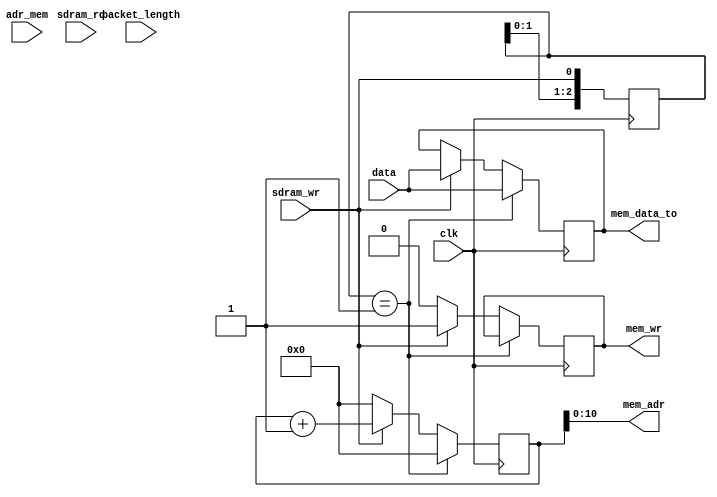
//-----------------------------------------------------------------------------
//
// Title       : udp_packet_rcv
// Design      : list
// Company     : Microsoft
//
//-----------------------------------------------------------------------------
//
// Generated   : Mon Mar 11 14:03:46 2019
// From        : interface description file
// By          : Itf2Vhdl ver. 1.22
//
//-----------------------------------------------------------------------------
//
// Description : 
//
//-----------------------------------------------------------------------------
`timescale 1 ns / 1 ps

//{{ Section below this comment is automatically maintained
//   and may be overwritten
//{module {udp_packet_rcv}}
module udp_packet_rcv ( clk ,sdram_wr ,sdram_rd ,adr_mem ,packet_length ,
data ,mem_adr ,mem_data_to,mem_wr);

output [10:0] mem_adr ;
wire [10:0] mem_adr ;
output [31:0] mem_data_to ;
wire [31:0] mem_data_to ;

output  mem_wr ;
wire    mem_wr ;

input clk ;
wire clk ;
input sdram_wr ;
wire sdram_wr ;
input sdram_rd ;
wire sdram_rd ;
input [15:0] adr_mem ;
wire [15:0] adr_mem ;
input [15:0] packet_length ;
wire [15:0] packet_length ;
input [31:0] data ;
wire [31:0] data ;

reg [15:0] adr_mem_sch=0;
reg [15:0] length_sch=0;   
reg [ 2:0] frnt_WR=0;	
reg [31:0] data_to_mem=0; 
reg reg_mem_wr=0; 

assign 	mem_adr     =  adr_mem_sch;
assign  mem_data_to =  data_to_mem;
assign  mem_wr      =  reg_mem_wr;	 

always @(posedge clk)  frnt_WR<={frnt_WR[1:0],sdram_wr}; 

always @(posedge clk)
	if (frnt_WR==3'b001)
		begin
		length_sch <=packet_length;
//		adr_mem_sch<=adr_mem;
		adr_mem_sch<=0;
		data_to_mem<=data;
		end
	else 
		if (sdram_wr==1)
			begin				
				//if (length_sch!=0)
					begin
					reg_mem_wr<=1;
					length_sch<=length_sch-1;	
					adr_mem_sch<=adr_mem_sch+1;
					data_to_mem<=data;
					end			
			end 
			else 
				begin
				reg_mem_wr <=0;
				adr_mem_sch<=0;
				length_sch <=0;
				end
endmodule